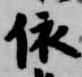
依